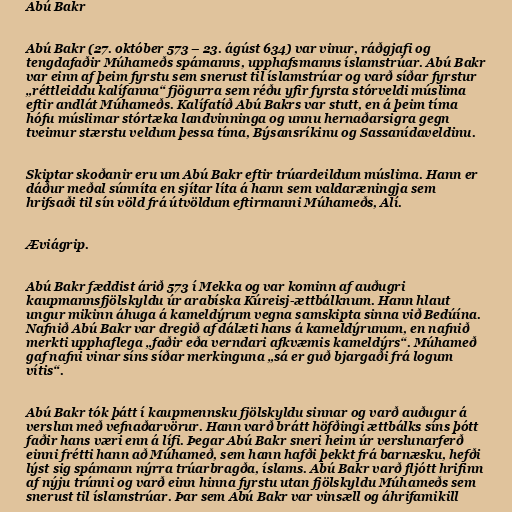
Abú Bakr

Abú Bakr (27. október 573 – 23. ágúst 634) var vinur, ráðgjafi og
tengdafaðir Múhameðs spámanns, upphafsmanns íslamstrúar. Abú Bakr
var einn af þeim fyrstu sem snerust til íslamstrúar og varð síðar fyrstur
„réttleiddu kalífanna“ fjögurra sem réðu yfir fyrsta stórveldi múslima
eftir andlát Múhameðs. Kalífatíð Abú Bakrs var stutt, en á þeim tíma
hófu múslimar stórtæka landvinninga og unnu hernaðarsigra gegn
tveimur stærstu veldum þessa tíma, Býsansríkinu og Sassanídaveldinu.

Skiptar skoðanir eru um Abú Bakr eftir trúardeildum múslima. Hann er
dáður meðal súnníta en sjítar líta á hann sem valdaræningja sem
hrifsaði til sín völd frá útvöldum eftirmanni Múhameðs, Alí.

Æviágrip.

Abú Bakr fæddist árið 573 í Mekka og var kominn af auðugri
kaupmannsfjölskyldu úr arabíska Kúreisj-ættbálknum. Hann hlaut
ungur mikinn áhuga á kameldýrum vegna samskipta sinna við Bedúína.
Nafnið Abú Bakr var dregið af dálæti hans á kameldýrunum, en nafnið
merkti upphaflega „faðir eða verndari afkvæmis kameldýrs“. Múhameð
gaf nafni vinar síns síðar merkinguna „sá er guð bjargaði frá logum
vítis“.

Abú Bakr tók þátt í kaupmennsku fjölskyldu sinnar og varð auðugur á
verslun með vefnaðarvörur. Hann varð brátt höfðingi ættbálks síns þótt
faðir hans væri enn á lífi. Þegar Abú Bakr sneri heim úr verslunarferð
einni frétti hann að Múhameð, sem hann hafði þekkt frá barnæsku, hefði
lýst sig spámann nýrra trúarbragða, íslams. Abú Bakr varð fljótt hrifinn
af nýju trúnni og varð einn hinna fyrstu utan fjölskyldu Múhameðs sem
snerust til íslamstrúar. Þar sem Abú Bakr var vinsæll og áhrifamikill